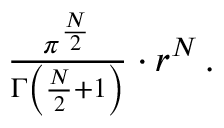
\begin{array} { r } { \frac { \pi ^ { \frac { N } { 2 } } } { \Gamma \left( \frac { N } { 2 } + 1 \right) } \cdot r ^ { N } \, . } \end{array}